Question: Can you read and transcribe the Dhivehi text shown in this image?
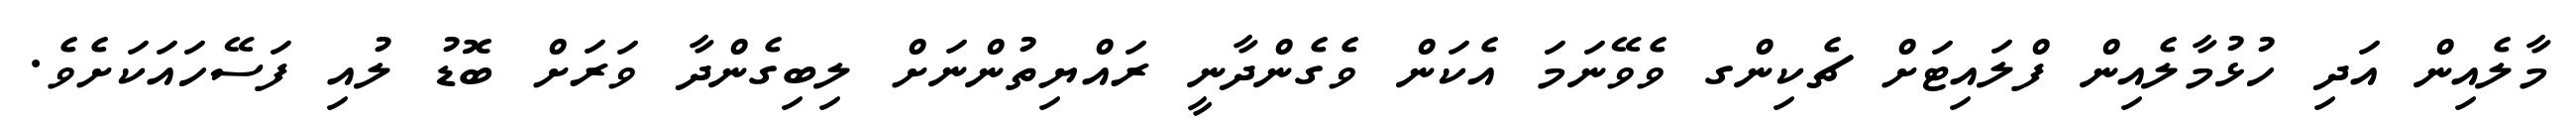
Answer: މާލެއިން އަދި ހުޅުމާލެއިން ފްލައިޓަށް ޗެކިންގ ވެވޭނަމަ އެކަން ވެގެންދާނީ ރައްޔިތުންނަށް ލިބިގެންދާ ވަރަށް ބޮޑު ލުއި ފަސޭހައަކަށެވެ.